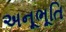
અનૂભૂતિ